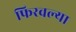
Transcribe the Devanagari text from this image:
फिरवल्या